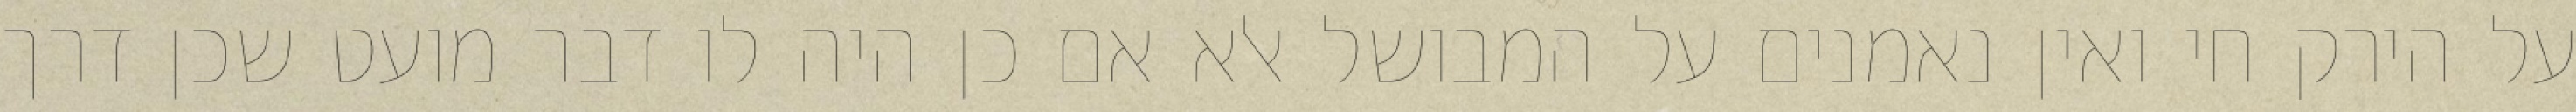
על הירק חי ואין נאמנים על המבושל אלא אם כן היה לו דבר מועט שכן דרך